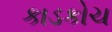
કાડકોચ